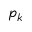
p _ { k }